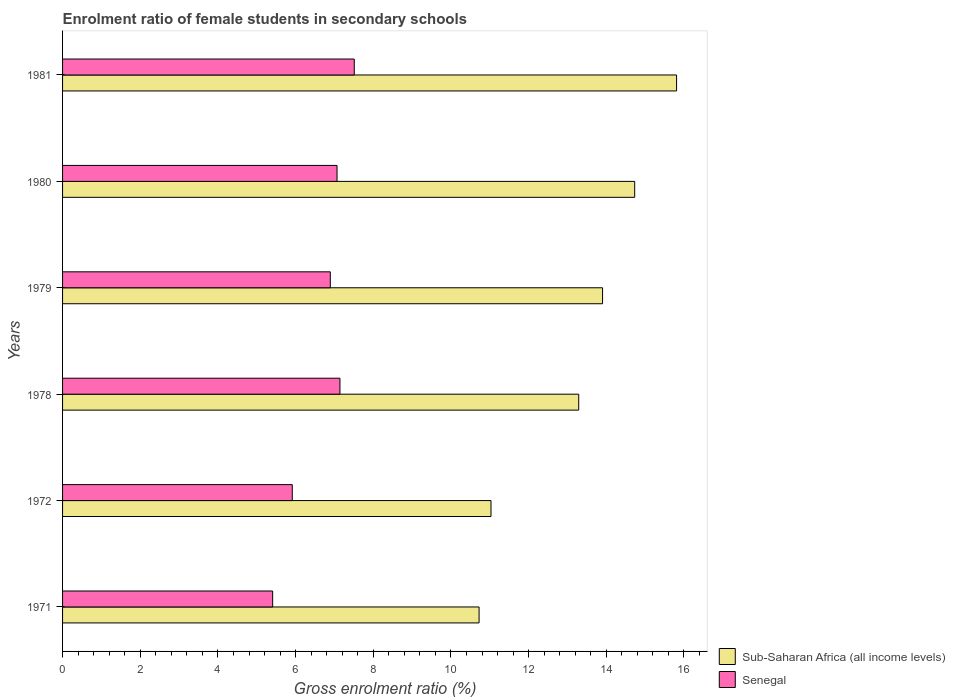
| Years | Sub-Saharan Africa (all income levels) | Senegal |
 | --- | --- | --- |
 | 1971 | 10.7 | 5.41 |
 | 1972 | 11 | 5.91 |
 | 1978 | 13.3 | 7.14 |
 | 1979 | 13.9 | 6.89 |
 | 1980 | 14.7 | 7.07 |
 | 1981 | 15.8 | 7.51 |